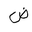
Letter: _dad